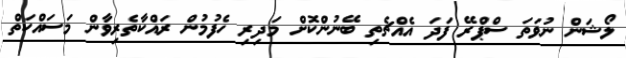
ލޯޝަން ނުވަތަ ސްޕްރޭ ފަދަ އެއްޗެތި ބޭނުންކޮށް މަދިރި ހެފުމުން ރައްކާތެރިވާން މަސައްކަތް